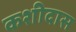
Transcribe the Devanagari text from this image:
कशीदास